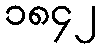
၁၈၄၂